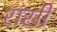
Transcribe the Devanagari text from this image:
रांसी